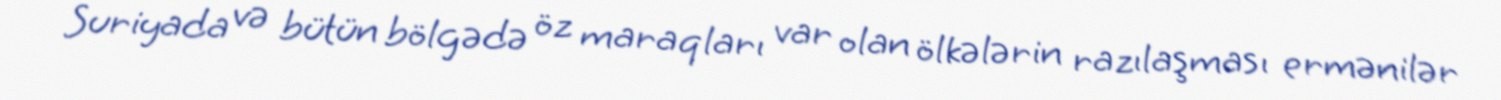
Suriyada və bütün bölgədə öz maraqları var olan ölkələrin razılaşması ermənilər